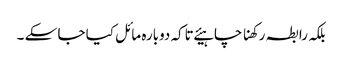
بلکہ رابطہ رکھنا چاہیئے تاکہ دوبارہ مائل کیا جا سکے ۔